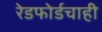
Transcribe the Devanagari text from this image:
रेडफोर्डचाही